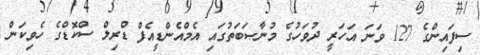
ސިފައިންގެ 127 ވަނަ އަހަރީ ދުވަހުގެ މުނާޞަބަތުގައި އެމްއެންޑީއެފް ޑްރިލް ސްކޮޮޑްގެ ހެވިކަން